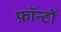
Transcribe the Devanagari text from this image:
फ़ॉन्टों